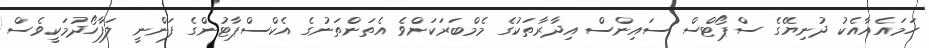
ހަމައެއާއެކު ދުނިޔޭގެ ސްޕޯޓްސް ސައިންސް އިދާރާތަކުގެ މެމްބަރަކަށްވެ އެތަންތަނުގެ އެކްސްޕާޓުންގެ ފަންނީ ލަފާހޯދުމަކީވެސް